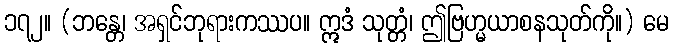
၁၇၂။ (ဘန္တေ၊ အရှင်ဘုရားကဿပ။ ဣဒံ သုတ္တံ၊ ဤဗြဟ္မယာစနသုတ်ကို။) မေ